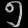
Digit: ၅